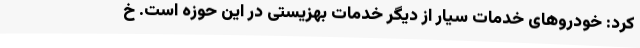
کرد: خودروهای خدمات سیار از دیگر خدمات بهزیستی در این حوزه است. خ